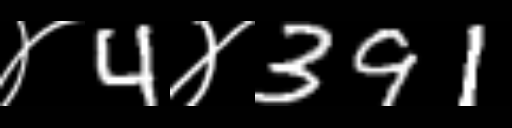
Text: ४4४391